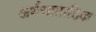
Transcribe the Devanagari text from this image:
अर्धसाप्ताहिक